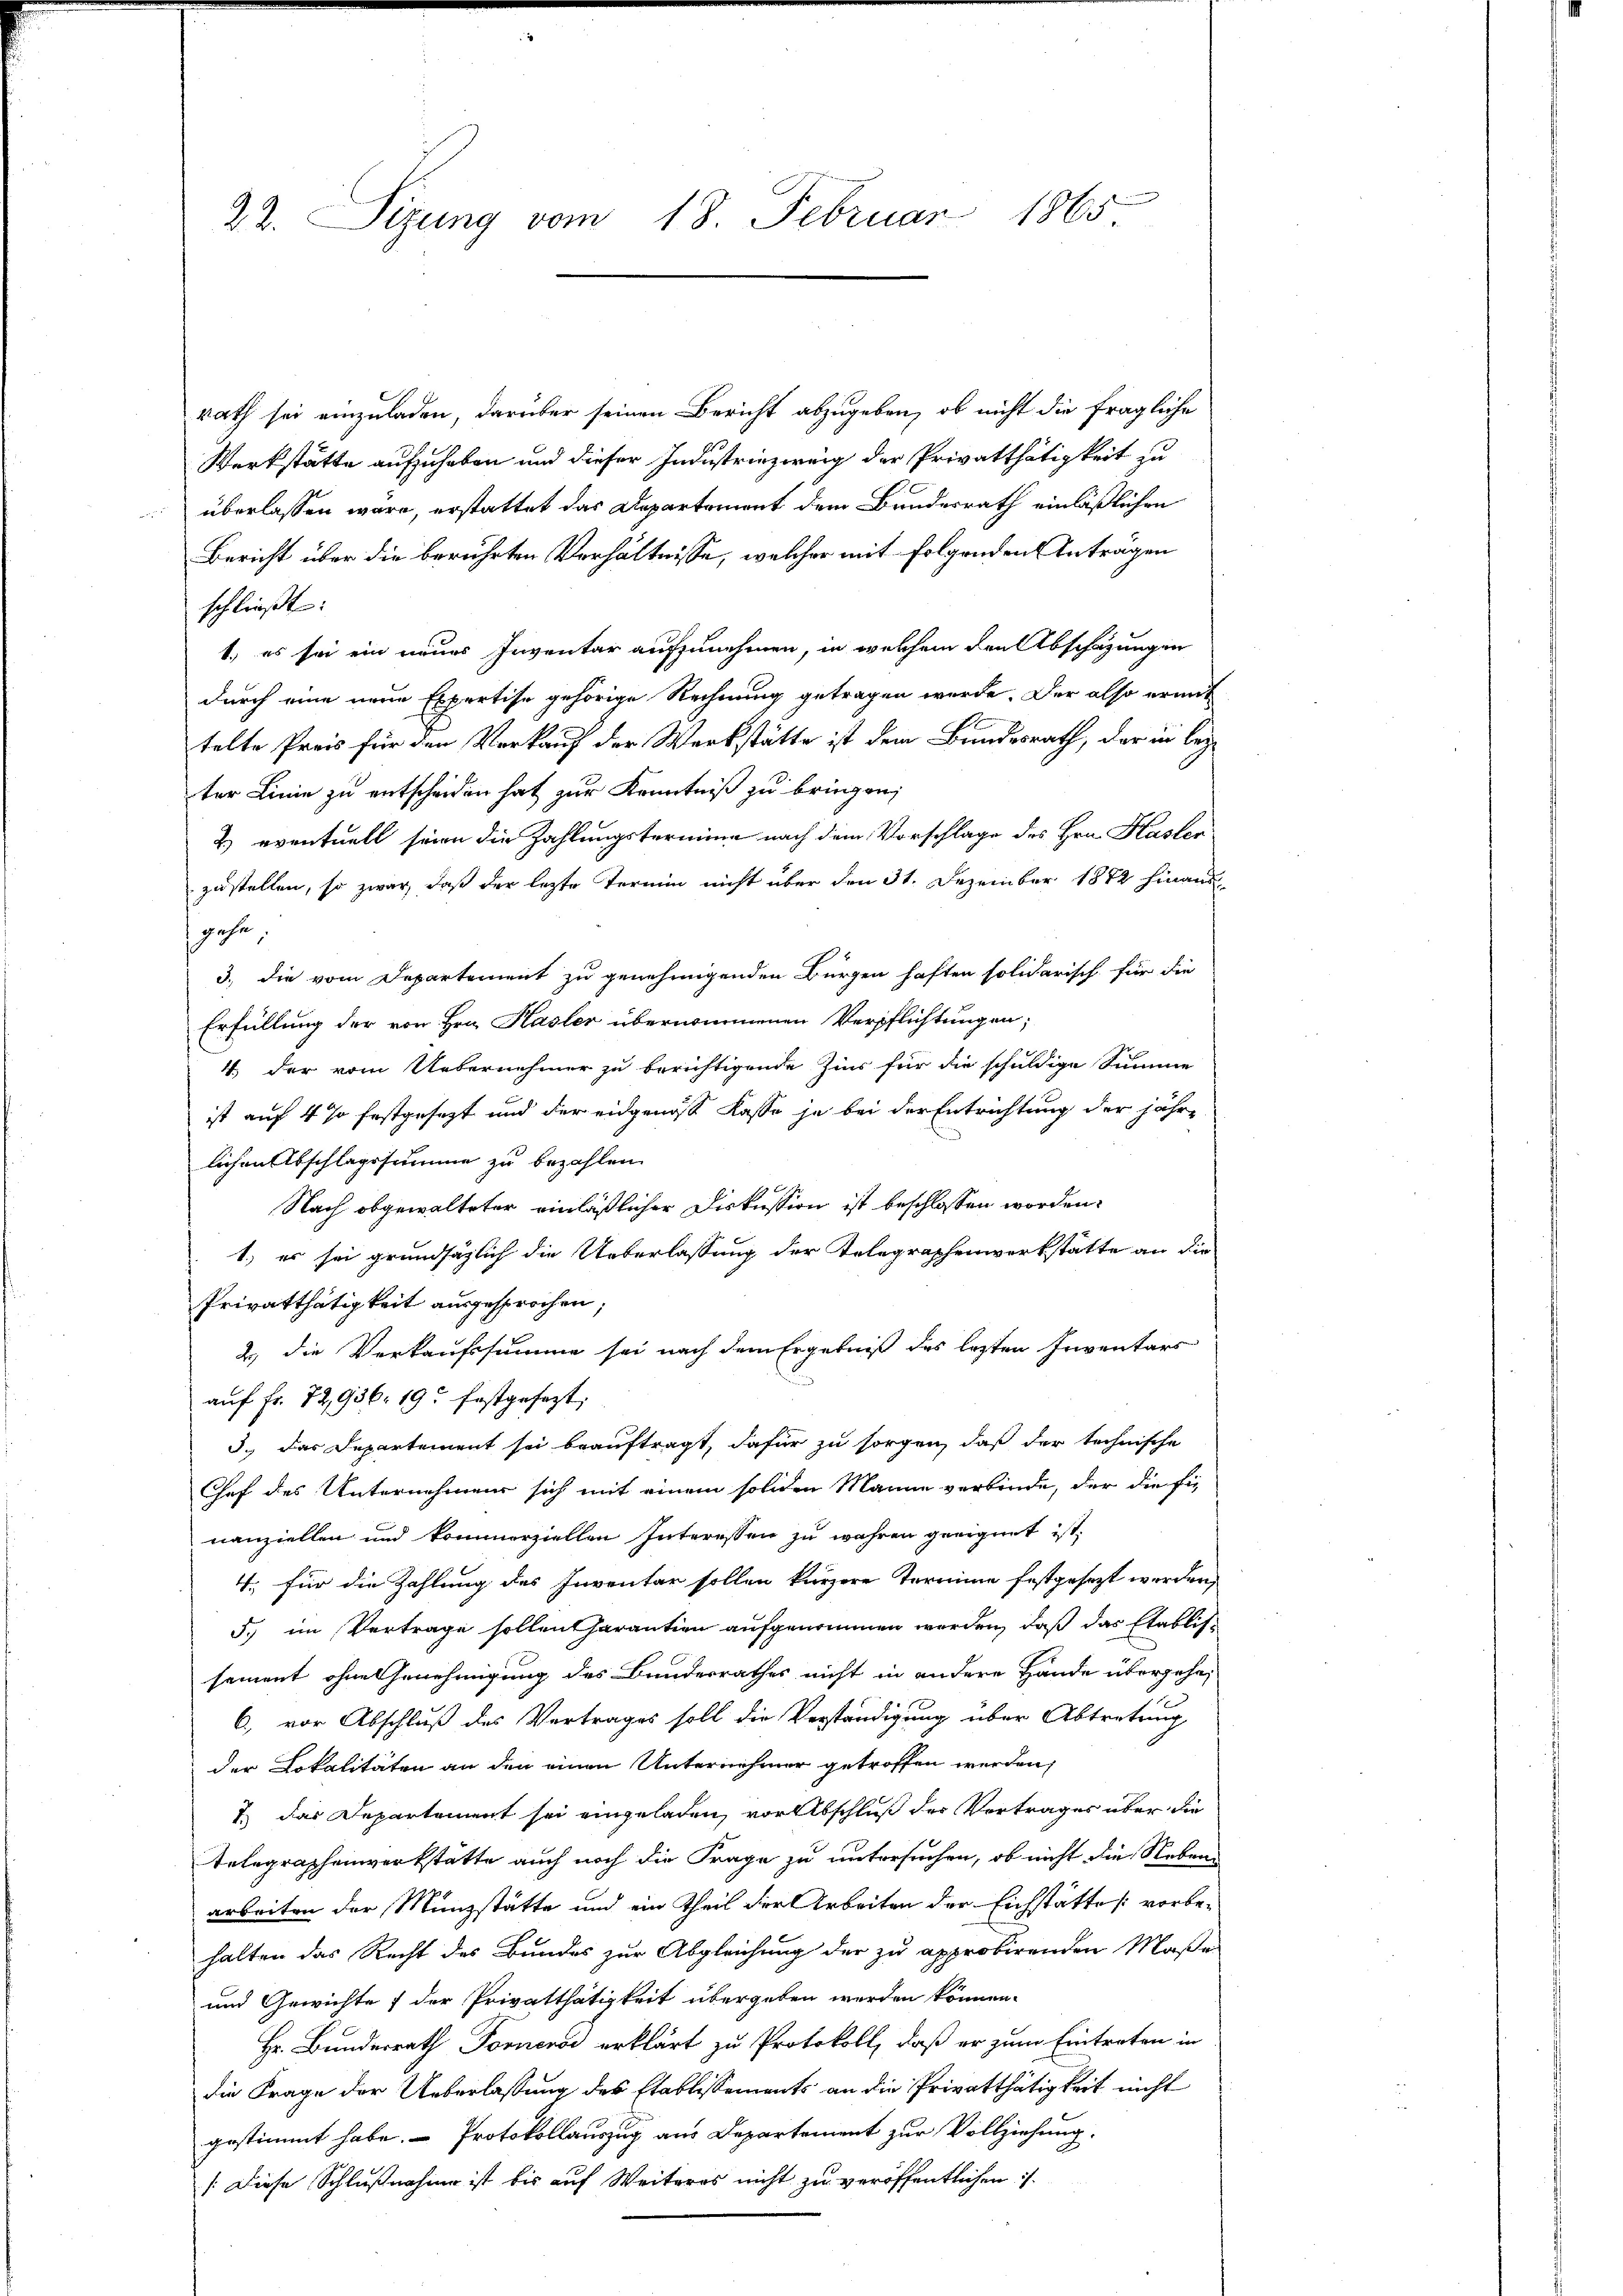
22. Sizung vom 13. Februar 1865

rath sei einzuladen, darüber seinen Bericht abzugeben, ob nicht die fragliche
Werkstätte aufzuheben und dieser Industriezweig der Privatthätigkeit zu
 überlassen wäre, erstattet das Departement dem Bundesrath einläßlichen
Bericht über die berührten Verhältnisse, welcher mit Folgenden Anträgen
schließt:
1. es sei ein neues Inventar aufzunehmen, in welchem den Abschazungen
durch eine neue Expertise gehörige Rechnung getragen werde. Der also ermit
telte Preis für den Verkauf der Werkstätte ist dem Bundesrath, der in leÿter Linie zu entscheiden hat zur Kenntniß zu bringen;
2) eventuell seien die Zahlungstermine nach dem Vorschlage des Hrn. Hasler
zustellen, so zwar, daß der lezte Termin nicht über den 31. Dezember 1872 hinausgehe,
3.) die vom Departement zu genehmigenden Bürgen haften solidarisch für die
Erfüllung der von Hrn. Hasler übernommenen Verpflichtungen;
4. der vom Uebernehmer zu berichtigende Zins für die schuldige Summe
ist auf 4 % festgesezt und der eidgenos Kasse ja bei der Entrichtung der jähre
lichen Abschlagssumme zu bezahlen.
Nach obgewalteter einläßlicher Diskussion ist beschlossen worden.
1.) es sei grundsätzlich die Ueberlassung der Telegraphenwerkstätte an die
Privatthätigkeit ausgesprochen
2) die Verkaufssumme sei nach dem Ergebniß des lezten Inventars
aŭf fr. 72,936. 19. festgesezt:
3., das Departement sei beauftragt, dafür zu sorgen, daß der technische
Chef des Unternehmens sich mit einem soliden Manne verbinde, der die fie
nanziellen und kommerziellen Interessen zu wahren geeignet ist,
4. für die Zahlung des Inventar sollen kürzere Termine festgesezt werden,
5. im Vertrage sollen sarantion aufgenommen worden, daß das Etablissement ohne Genehmigung des Bundesrathes nicht in andere Hande überzehn¬
6.) vor Abschluß des Vertrages soll die Verständigung über Abtretung
der Lokalitäten an den einen Unternehmer getroffen werden,
7.) Das Departement sei eingeladen, vorabschluß der Vortrages über die
Telegrapheinwerkstätte auch noch die Frage zu untersuchen, ob nicht die Neben
arbeiten der Münzstätte und ein Theil der Arbeiten der Eichstätte [ vorbehalten das Recht des Bundes zur Abgleichung der zu approbirenden Maße
und Gewichte der Privatthätigkeit übergeben werden können.
Hr. Bunderrath Fornende erklärt zu Protokoll, daß er zum Eintreten in
die Frage der Ueberlassung des Etablissements an die Privatthätigkeit nicht
gestimmt habe. Protokollauszug aus Departement zur Vollziehung.
/: Diese Schlußnahme ist bis auf Weiteres nicht zu veröffentlichen :/.